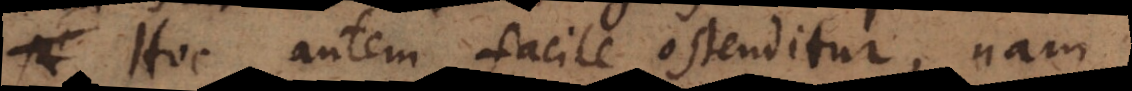
Hoc autem facile ostenditur, nam